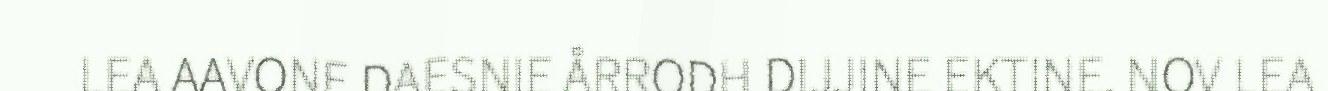
LEA AAVONE DAESNIE ÅRRODH DIJJINE EKTINE. NOV LEA